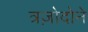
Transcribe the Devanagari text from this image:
त्रज़ोदोने